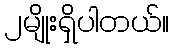
၂မျိုးရှိပါတယ်။